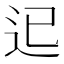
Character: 𨑓